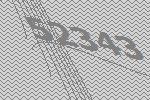
52343